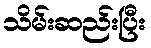
သိမ်းဆည်းပြီး